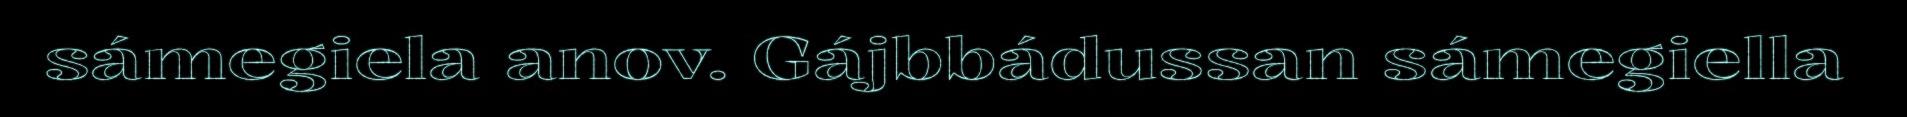
sámegiela anov. Gájbbádussan sámegiella